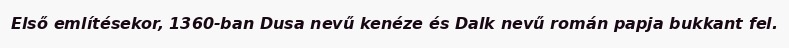
Első említésekor, 1360-ban Dusa nevű kenéze és Dalk nevű román papja bukkant fel.